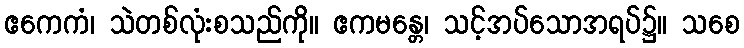
ဧကေကံ၊ သဲတစ်လုံးစသည်ကို။ ဧကမန္တေ၊ သင့်အပ်သောအရပ်၌။ သစေ